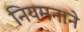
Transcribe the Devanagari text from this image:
नियमनाने